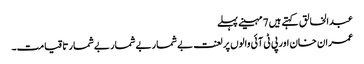
عبدالخالق کہتے ہیں 7 مہینے پہلے
عمران خان اور پی ٹی آئی والوں پر لعنت بےشمار بےشمار بےشمار تاقیامت۔